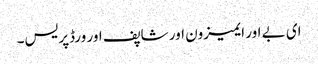
ای بے اور ایمیزون اور شاپف اور ورڈپریس۔